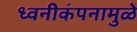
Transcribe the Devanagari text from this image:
ध्वनीकंपनामुळे